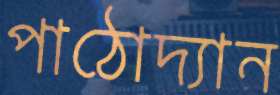
পাঠোদ্যান